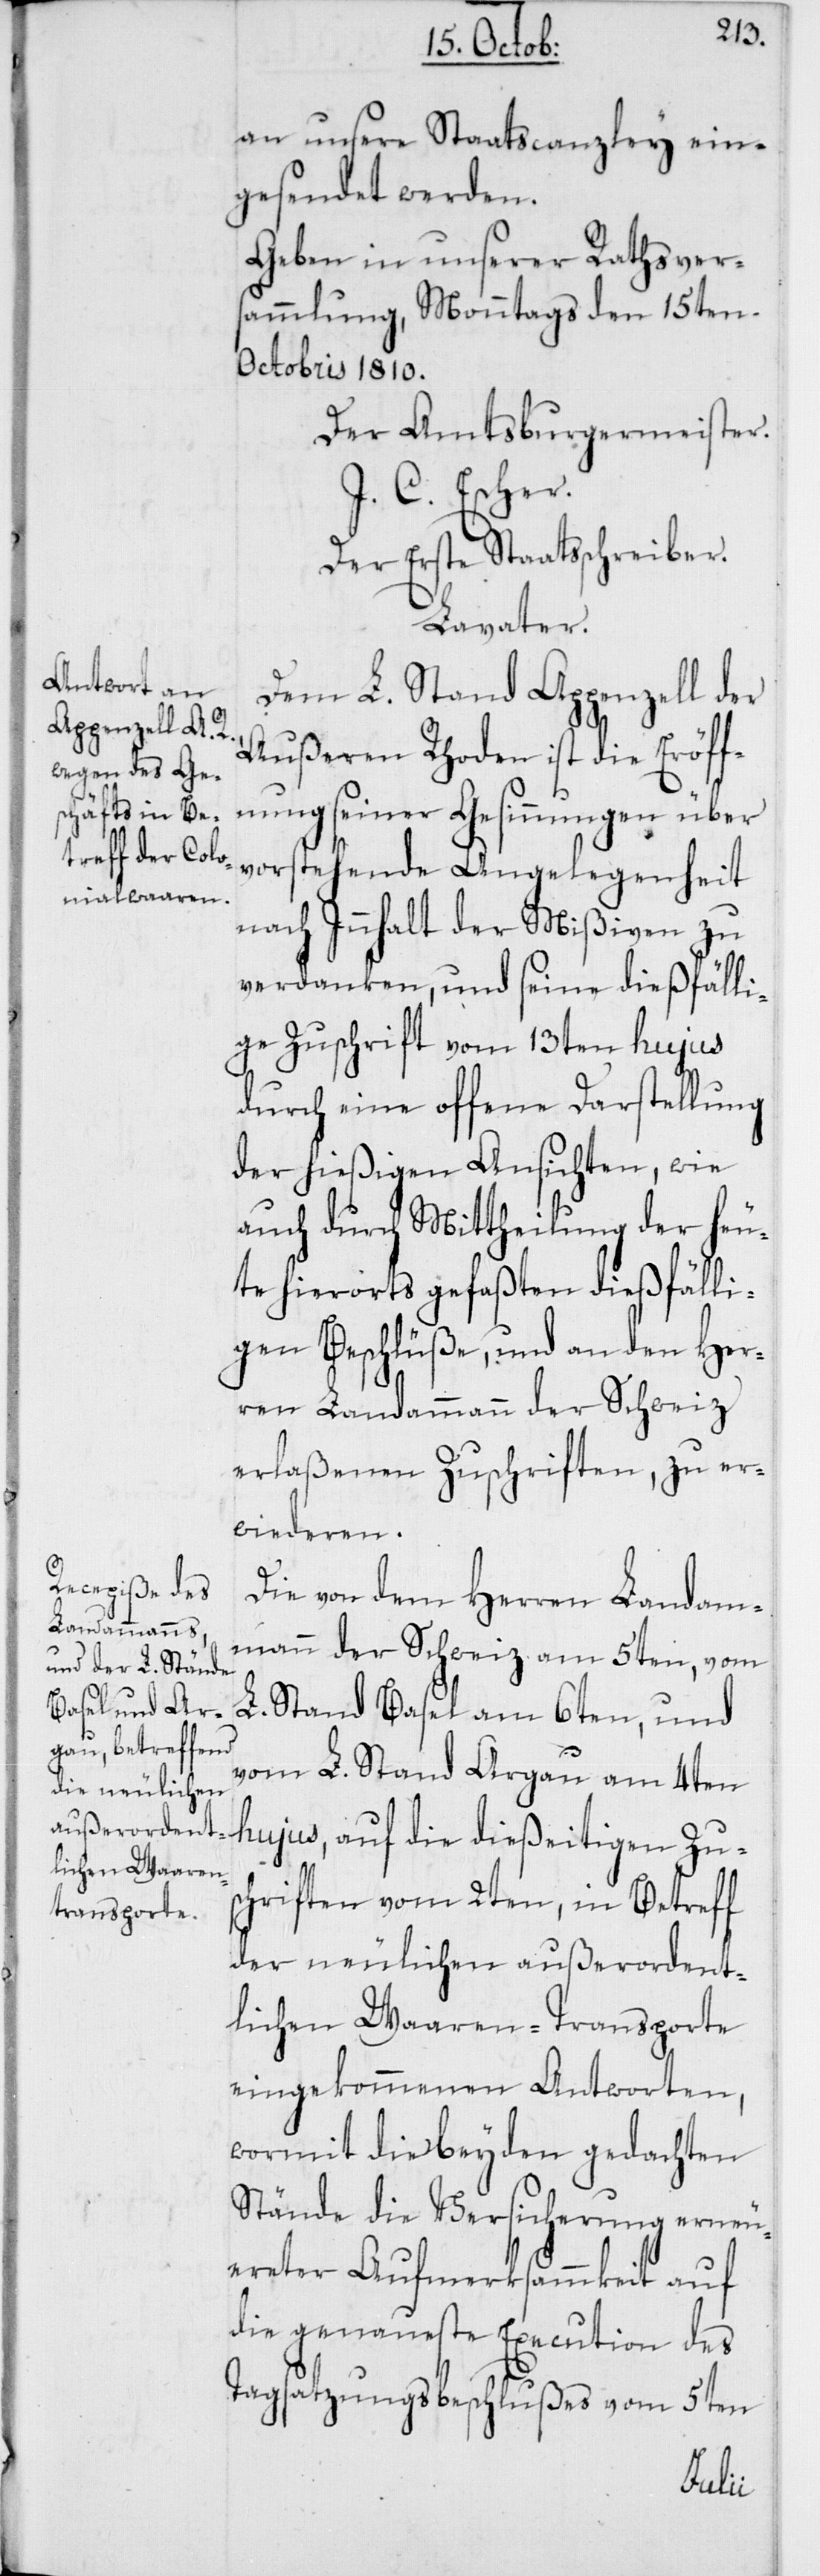
an unsere Staatscanzley ein¬
gesendet werden.
Geben in unserer Rathsver¬
sammlung, Montags den 15ten
Octobris 1810.
Der Amtsburgermeister.
J. C. Escher.
Der Erste Staatsschreiber.
Lavater.
Dem L. Stand Appenzell der
Außeren Rhoden ist die Eröff¬
nung seiner Gesinnungen über
vorstehende Angelegenheit
nach Innhalt der Mißiven zu
verdanken, und seine dießfälli¬
ge Zuschrift vom 13ten hujus
durch eine offene Darstellung
der hießigen Ansichten, wie
auch durch Mittheilung der heu¬
te hierorts gefaßten dießfälli¬
gen Beschlüße, und an den Her¬
ren Landammann der Schweiz
erlaßenen Zuschriften, zu er¬
wideren.
Die von dem Herren Landam¬
mann der Schweiz am 5ten, vom
L. Stand Basel am 6ten, und
vom L. Stand Argau am 4ten
hujus, auf die dießeitigen Zus¬
chriften vom 2ten, in Betreff
der neulichen außerordent¬
lichen Waraen-Transporte
eingekommenen Antworten,
wormit die beyden gedachten
Stände die Versicherung erneu¬
ereter Aufmerksammkeit auf
die genaueste Execution das
Tagsatzungsbeschlußes vom 5ten